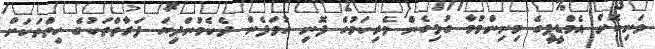
ވަނިކޮށް އެމްޑީޕީގެ މިނިންމުމާ ގުޅިގެން ވެރިކަމުގެ ފޮނި ހުވަފެން ދެކެމުންދިޔަ ފަރާތްތަކުގެ ހިތްތަކަށް